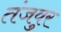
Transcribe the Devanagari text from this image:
तंजवुर